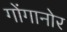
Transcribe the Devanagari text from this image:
गोंगानोर